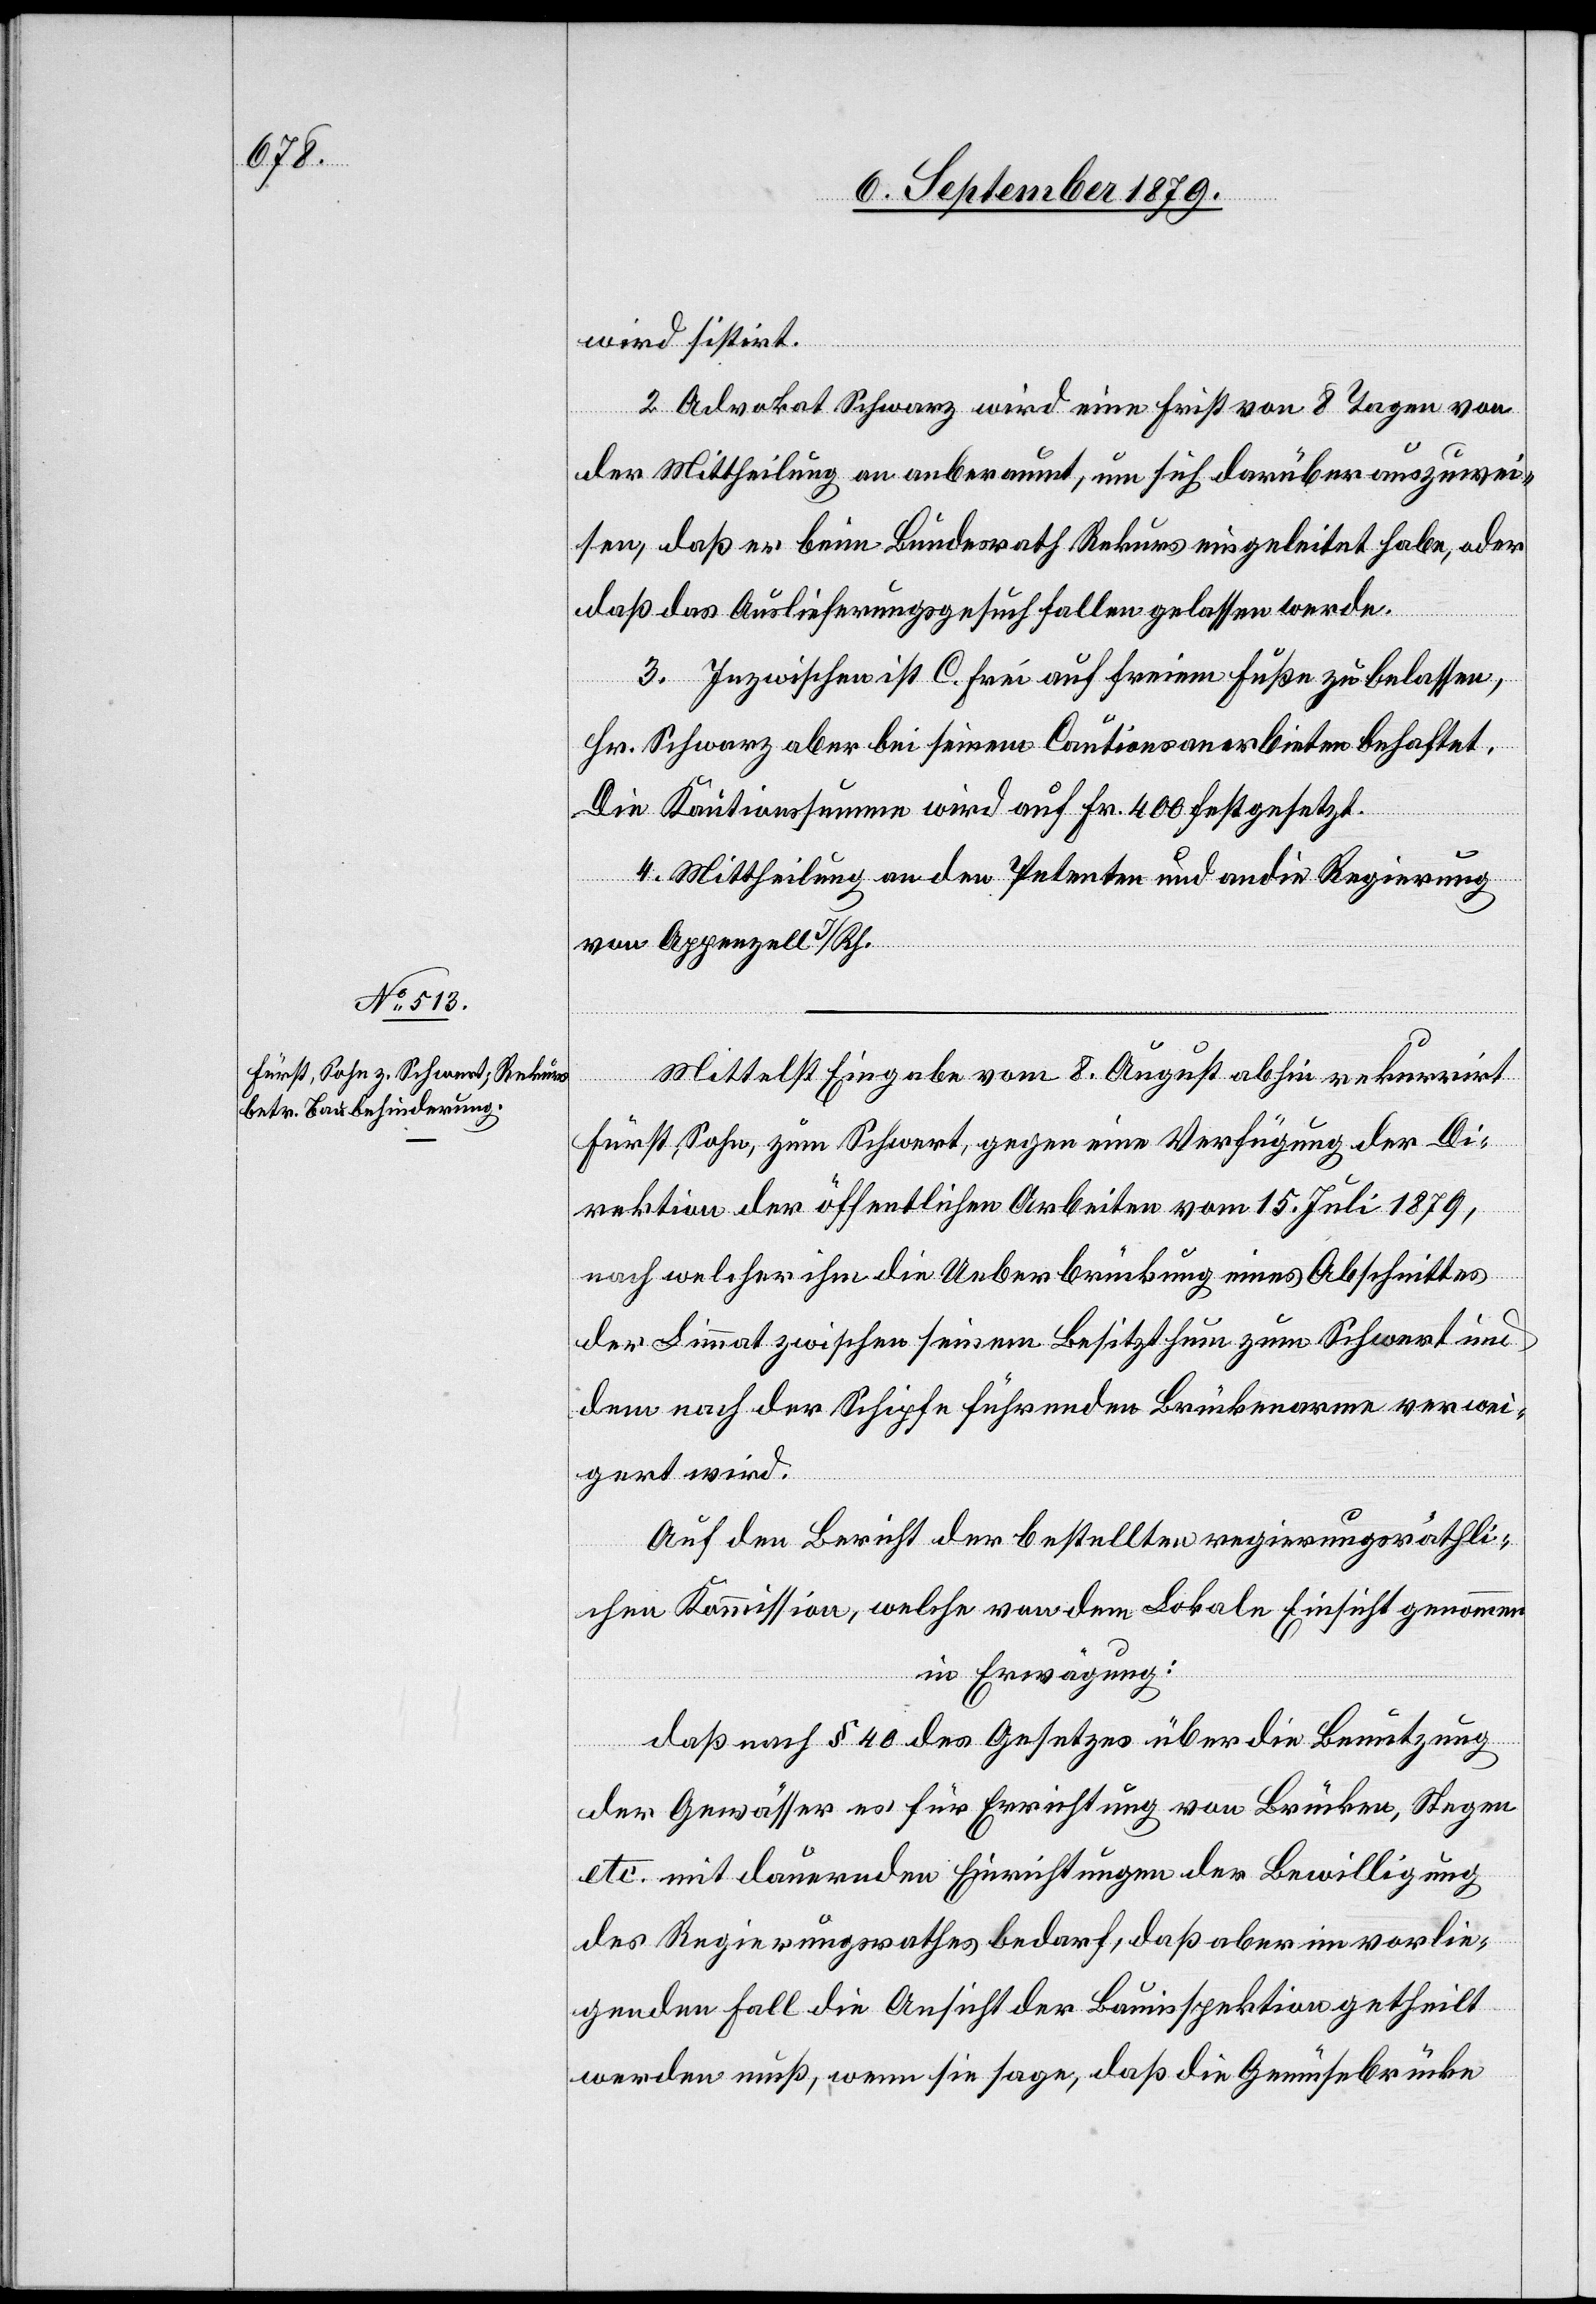
wird sistirt.
2. Advokat Schwarz wird eine Frist von 8 Tagen von
der Mittheilung an anberaumt, um sich darüber auszuwei¬
sen, daß er beim Bundesrath Rekurs eingeleitet habe, oder
daß das Auslieferungsgesuch fallen gelassen werde.
3. Inzwischen ist C. Frei auf freiem Fuße zu belassen,
Hr. Schwarz aber seinem Cautionsanerbieten behaftet.
Die Kautionssumme wird auf Fr. 400 festgesetzt.
4. Mittheilung an den Petenten und an die Regierung
von Appenzell I/Rh.
Mittelst Eingabe vom 8. August abhin rekurrirt
Fürst, Sohn, zum Schwert, gegen eine Verfügung der Di¬
rektion der öffentlichen Arbeiten vom 15. Juli 1879,
nach welcher ihm die Ueberbrückung eines Abschnittes
der Limmat zwischen seinem Besitzthum zum Schwert und
dem nach der Schipfe führenden Brückenarme verwei¬
gert wird.
Auf den Bericht der bestellten regierungsräthli¬
chen Kommission, welche von dem Lokale Einsicht genommen
in Erwägung:
Daß nach § 40 des Gesetzes über die Benutzung
des Gewässer es für Errichtung von Brücken, Stegen
etc. mit dauernden Einrichtungen der Bewilligung
des Regierungsrathes bedarf, daß aber im vorlie¬
genden Fall die Ansicht der Bauinspektion getheilt
werden muß, wenn sie sage, daß die Gemüsebrücke